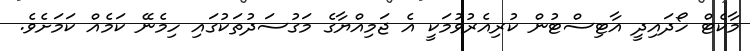
މާކެޓް ހޯދައިދީ އާޓިސްޓުން ކުރިއެރުވުމަކީ އެ ޖަމިއްޔާގެ މަގުސަދުތަކުގައި ހިމެނޭ ކަމެއް ކަމަށެވެ.